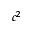
c ^ { 2 }